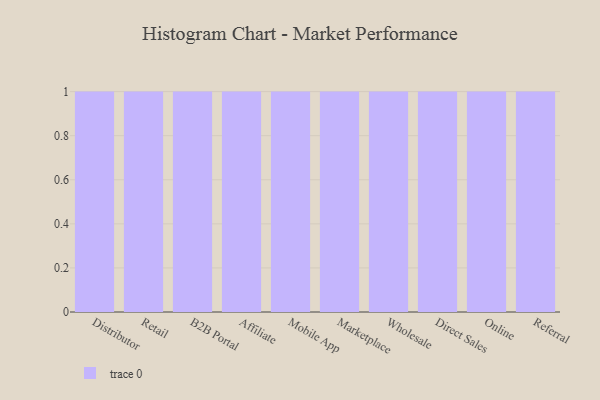
{"axis": {"x": "Channel", "y": "Population (Million)"}, "legend": [""], "data": [{"x": "Distributor", "y": 40, "type": ""}, {"x": "Retail", "y": 42, "type": ""}, {"x": "B2B Portal", "y": 6, "type": ""}, {"x": "Affiliate", "y": 96, "type": ""}, {"x": "Mobile App", "y": 71, "type": ""}, {"x": "Marketplace", "y": 60, "type": ""}, {"x": "Wholesale", "y": 79, "type": ""}, {"x": "Direct Sales", "y": 16, "type": ""}, {"x": "Online", "y": 61, "type": ""}, {"x": "Referral", "y": 23, "type": ""}]}